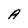
Character: A